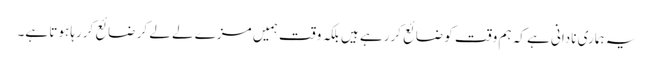
یہ ہماری نادانی ہے کہ ہم وقت کو ضائع کررہے ہیں بلکہ وقت ہمیں مزے لے لے کر ضائع کررہا ہوتا ہے۔